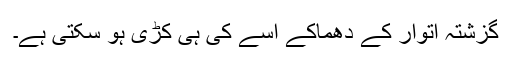
گزشتہ اتوار کے دھماکے اسے کی ہی کڑی ہو سکتی ہے۔